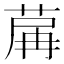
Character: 𦱲